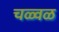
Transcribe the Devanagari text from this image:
चळ्वळ